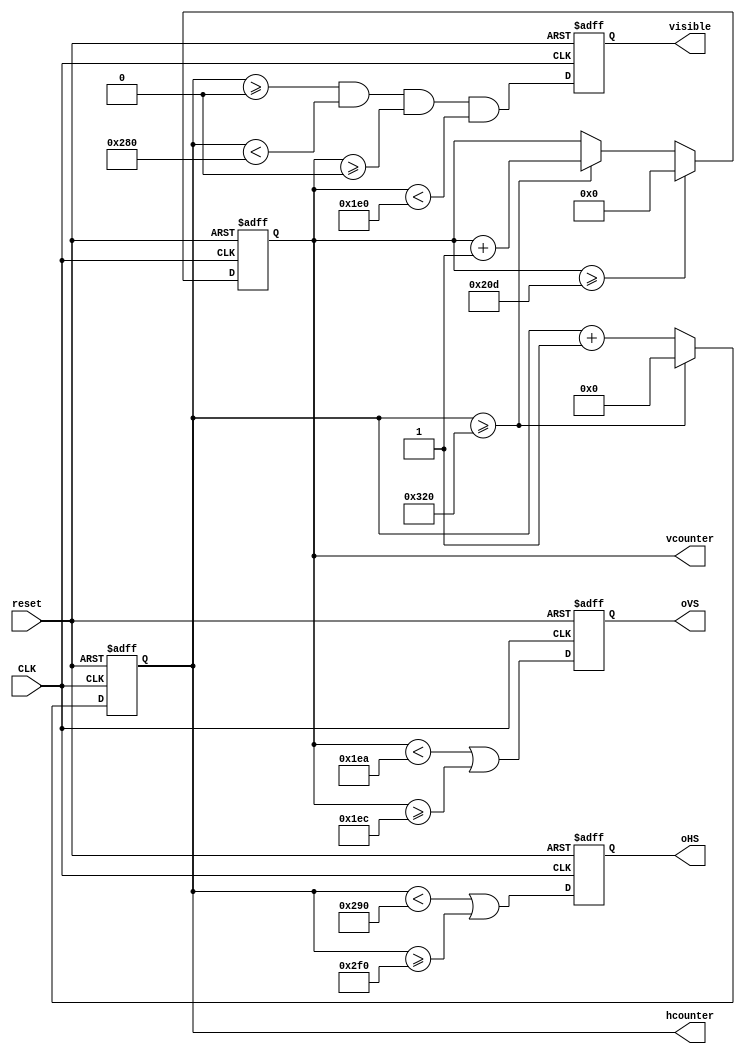
module VGA_control(
	input CLK, reset,
	output reg [10:0] vcounter,
	output reg [11:0] hcounter,
	output reg visible, oHS, oVS
);
always @(posedge CLK, posedge reset)
begin
	if (reset) begin
		hcounter <= 0;
		vcounter <= 0;
	end else begin
		hcounter <= hcounter + 1;
		if (hcounter >= 11'd800)
		begin
			hcounter <= 0;
			vcounter <= vcounter + 1;
		end
		if (vcounter >= 10'd525)
			vcounter <= 0;
	end
end

always @(posedge CLK, posedge reset)
begin
	if (reset) begin
		visible <= 0;
		oHS <= 0;
		oVS <= 0;
	end else begin
		visible <= hcounter >= 11'd0 & hcounter < 11'd640 & vcounter >= 10'd0 & vcounter < 10'd480;
		oHS <= hcounter < 11'd656 | hcounter >= 11'd752;
		oVS <= vcounter < 10'd490 | vcounter >= 10'd492;
	end
end
endmodule